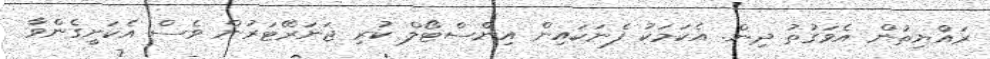
ރައްޔިތުން އެވަގުތު ދިން. އެކަމަކު ފެނަކައިން އިންސްޓޯލް ކުރި ޖަނަރޭޓަރުން ވެސް އެކަށީގެންވާ